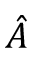
\hat { A }